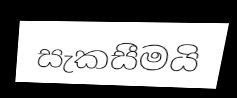
සැකසීමයි